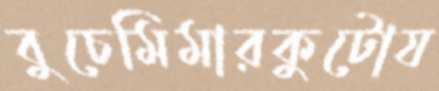
বুচেমিমারকুটোয